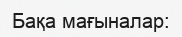
Бақа мағыналар: